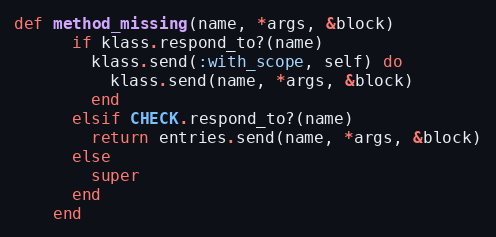
Language: Ruby
def method_missing(name, *args, &block)
      if klass.respond_to?(name)
        klass.send(:with_scope, self) do
          klass.send(name, *args, &block)
        end
      elsif CHECK.respond_to?(name)
        return entries.send(name, *args, &block)
      else
        super
      end
    end